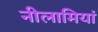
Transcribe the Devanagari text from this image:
नीलामियां